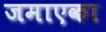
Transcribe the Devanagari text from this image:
जमाएका